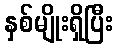
နှစ်မျိုးရှိပြီး